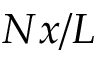
N x / L